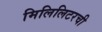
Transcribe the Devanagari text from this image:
मिलिलिटरची